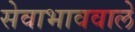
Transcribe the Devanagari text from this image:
सेवाभाववाले